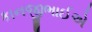
કાનજીભાઈએ